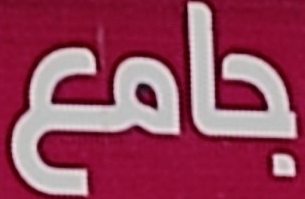
جامع